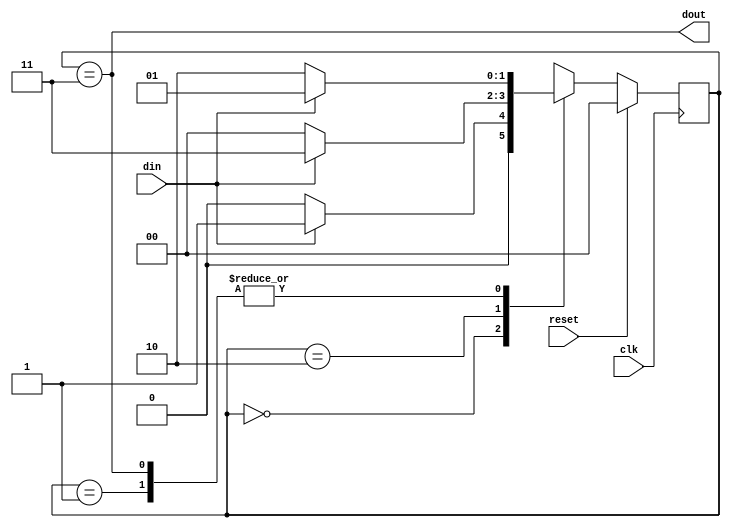
module mealy_1011(clk,din,reset,dout);

        
        parameter IDLE = 2'b00,
                  STATE1 = 2'b01,
                  STATE2 = 2'b10,
                  STATE3 = 2'b11;
                  
        input clk,din,reset;
        output dout;
        
        reg [1:0] present_state, nxt_state;
        
        always@(posedge clk)
        begin
            if(reset)
            present_state <= IDLE;
            else
            present_state <= nxt_state;  
        end
        
        always@(present_state or din)
        begin
        
            nxt_state <= IDLE;
            
            case(present_state) 
            IDLE : if(din == 1)
                   nxt_state <= STATE1;
                   else
                   nxt_state <= IDLE;
            STATE1 : if(din == 0)
                   nxt_state <= STATE2;
                   else
                   nxt_state <= STATE1;
            STATE2 : if(din == 1)
                   nxt_state <= STATE3;
                   else
                   nxt_state <= IDLE;
            STATE3 : if(din == 1)
                   nxt_state <= STATE1;
                   else
                   nxt_state <= STATE2;  
            
            default : nxt_state <= IDLE;
            endcase
        end
        
        assign dout = (present_state == STATE3);
        /*always@(posedge clk)
        begin
            dout <= 0;
            case(present_state)
            
            STATE3 : if(din == 1)
                   dout <= 1'b1;
                   
            endcase*/
endmodule